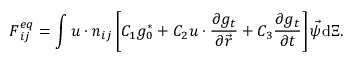
\boldsymbol { F } _ { i j } ^ { e q } = \int \boldsymbol { u } \cdot \boldsymbol { n } _ { i j } \left[ C _ { 1 } g _ { 0 } ^ { \ast } + C _ { 2 } \boldsymbol { u } \cdot \frac { \partial g _ { t } } { \partial \vec { r } } + C _ { 3 } \frac { \partial g _ { t } } { \partial t } \right] { \vec { \psi } } \mathrm { d } \boldsymbol { \Xi } .